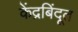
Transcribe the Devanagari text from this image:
केंद्रबिंदूत